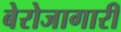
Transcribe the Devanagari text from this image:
बेरोजागारी